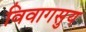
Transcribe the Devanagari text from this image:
विवागसुय